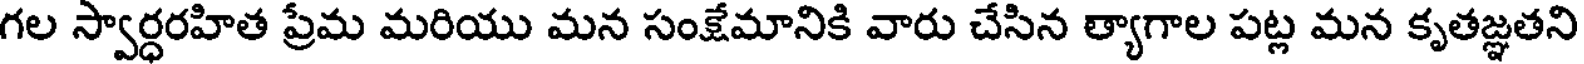
గల స్వార్ధరహిత ప్రేమ మరియు మన సంక్షేమానికి వారు చేసిన త్యాగాల పట్ల మన కృతజ్ఞతని